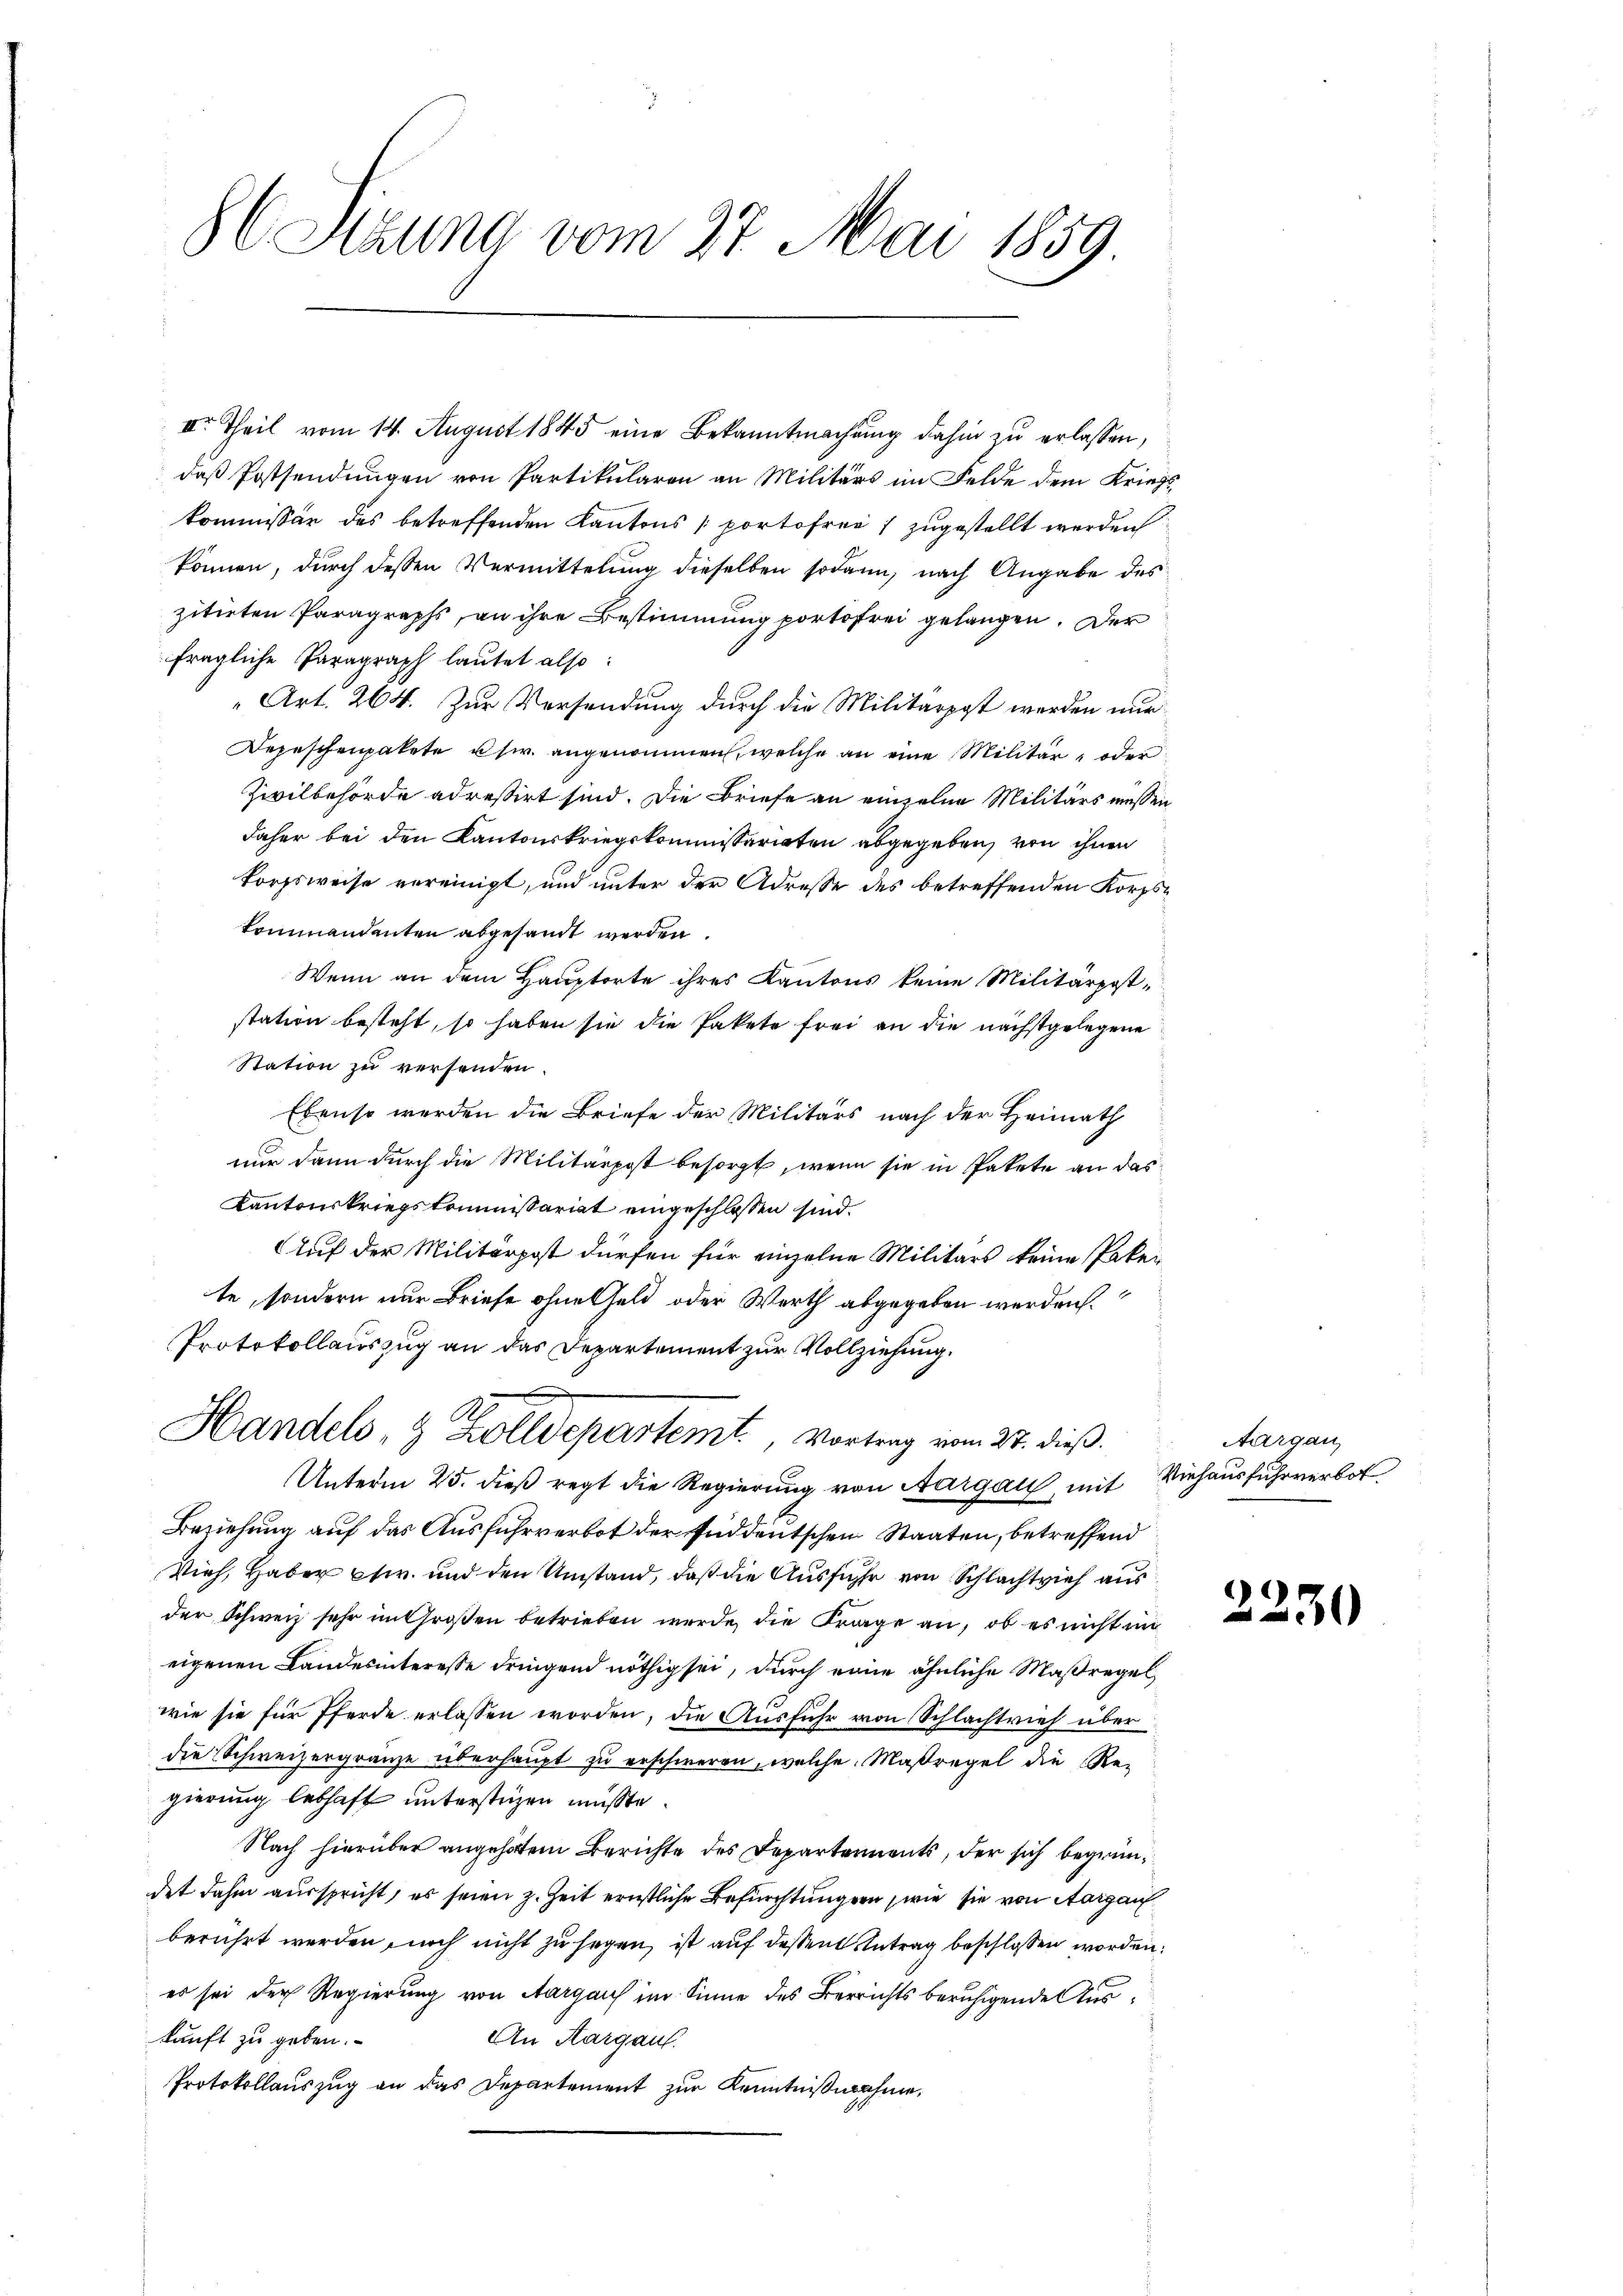
8C Sizung vom 27. Mai 1859

II. Theil vom 14. August 1845 eine Bekanntmachung dahin zu erlassen,
daß Postsendungen von Partikularen an Militärs im Felde dem Kriegskommissär des betreffenden Kantons portofrei zugestellt werden
können, durch dessen Vermittelung dieselben sodann, nach Angabe des
zitirten Paragraphs, an ihre Bestimmung portofrei gelangen. Der
fragliche Paragraph lautet also:
Art. 264. Zur Versendung durch die Militärigt werden nur
Depeschenpakete usw. angenommen, welche an eine Militär- oder
Zivilbehörde adressirt sind. Die Briefe an einzelne Militärs müssen
daher bei den Kantonskriegskommissariaten abgegeben, von ihnen
korfsweise vereinigt, und unter der Adresse des betreffenden Korpskommandenten abgesandt werden.
Wenn an dem Hauptorte ihres Kantons keine Militärpost-
station besteht, so haben sie die Pakete frei an die nächstgelegene
Station zu versenden.
Ebenso werden die Briefe der Militärs nach der Heimath
nur dann durch die Militärpost besorgt, wenn sie in Pakete an das
Kantonskriegskommissariat eingeschlossen sind.
Auf der Militärpost dürfen für einzelne Militärs keine Pakei
te, sondern nur Briefe ohne Geld oder Werth abgegeben werden.
Protokollauszug an das Departement zur Vollziehung.
Handels- & Zolldepartemt, Vortrag vom 27. dieß.
Unterm 25. dieß regt die Regierung von Aargau, mit Viehausfuhrverbot
Beziehung auf das Ausfuhrverbot der süddeutschen Staaten, betreffend
Vieh, Haber etw. und den Umstand, daß die Ausführ von Schlachtvieh aus
der Schweiz sehr im Großen betrieben wurde, die Frage an, ob es nicht im
eigenen Landesinteresse dringend nöthig sei, durch eine ähnliche Maßregel
wie sie für Pferde erlassen worden, die Ausfuhr von Schlachtrief über
die Schweizergränze überhaupt zu erschweren, welche Maßregel die Re-
gierung lebhaft unterstüzen müsste.
Nach hierüber angehotem Berichte des Departements, der sich begründet dahin ausspricht, es seien z. Zeit ernstliche Befürchtungen, wie sie von Aargau
berührt werden noch nicht zu sagen, ist auf dessen Antrag beschlossen worden.
es sei der Regierung von Aargaus im Sinne des Berrichts beruhigende Auskunft zu geben.
An Aargau.
Protokollauszug an das Departement zur Kenntnißnahme.

Aargau,

22.

30